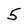
Character: 5